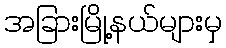
အခြားမြို့နယ်များမှ